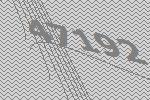
47192